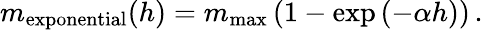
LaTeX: m_{\mathrm{exponential}}(h)=m_{\mathrm{max}}\left(1-\exp\left(-\alpha h\right)\right)\, .